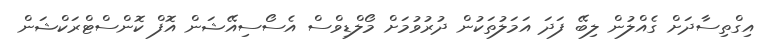
އިގްތިސާދަށް ގެއްލުން ލިބޭ ފަދަ އަމަލުތަކުން ދުރުވުމަށް މޯލްޑިވްސް އެސޯސިއޭޝަން އޮފް ކޮންސްޓްރަކްޝަން